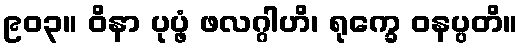
၉၀၃။ ဝိနာ ပုပ္ဖံ ဖလဂ္ဂါဟိ၊ ရုက္ခေ ဝနပ္ပတိ။